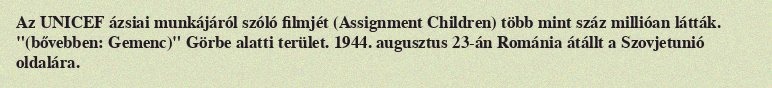
Az UNICEF ázsiai munkájáról szóló filmjét (Assignment Children) több mint száz millióan látták. "(bővebben: Gemenc)" Görbe alatti terület. 1944. augusztus 23-án Románia átállt a Szovjetunió oldalára.